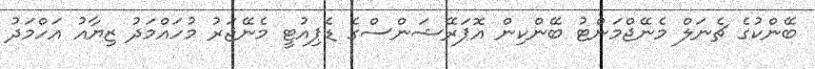
ބޭންކުގެ ޗެނަލް މެނޭޖްމަންޓު ބޭންކިން އޮޕަރޭޝަންސްގެ ޑެޕިއުޓީ މެނޭޖަރު މުހައްމަދު ޒިޔާއު އަހްމަދު